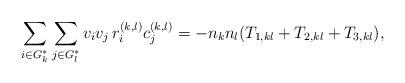
LaTeX: \begin{align*}\sum_{i\in G^\ast_k} \sum_{j\in G^\ast_l} v_i v_j \, r^{(k,l)}_i c^{(k,l)}_j = -n_{k} n_{l} (T_{1,kl} + T_{2,kl} + T_{3,kl}),\end{align*}